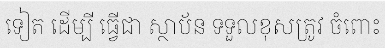
ទៀត ដើម្បី ធ្វើជា ស្ថាប័ន ទទួលខុសត្រូវ ចំពោះ